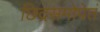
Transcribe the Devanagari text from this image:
छिद्रसमोपेतं